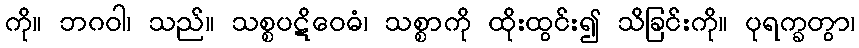
ကို။ ဘဂဝါ၊ သည်။ သစ္စပဋိဝေဓံ၊ သစ္စာကို ထိုးထွင်း၍ သိခြင်းကို။ ပုရက္ခတွာ၊